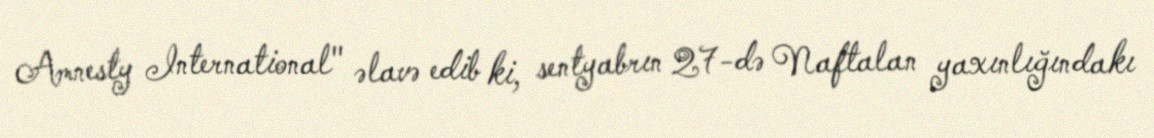
Amnesty International" əlavə edib ki, sentyabrın 27-də Naftalan yaxınlığındakı